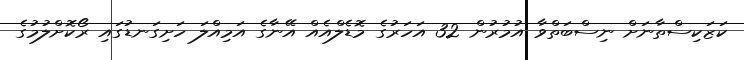
ކަޒަކިސްތާނަށް ނިސްބަތްވާ އުމުރުން 32 އަހަރުގެ މޮޑެލްއެއް އޭނާގެ އަމިއްލަ ހަށިގަނޑުގައި ރޯކޮށްލުމުގެ